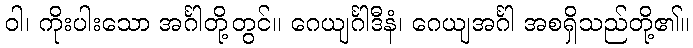
ဝါ၊ ကိုးပါးသော အင်္ဂါတို့တွင်။ ဂေယျင်္ဂါဒီနံ၊ ဂေယျအင်္ဂါ အစရှိသည်တို့၏။